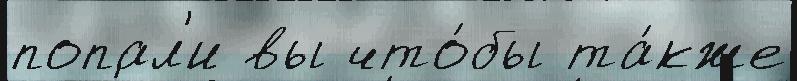
попал'и вы что́бы та́кже